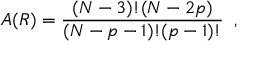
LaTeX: A ( R ) = \frac { ( N - 3 ) ! ( N - 2 p ) } { ( N - p - 1 ) ! ( p - 1 ) ! } \; \; ,